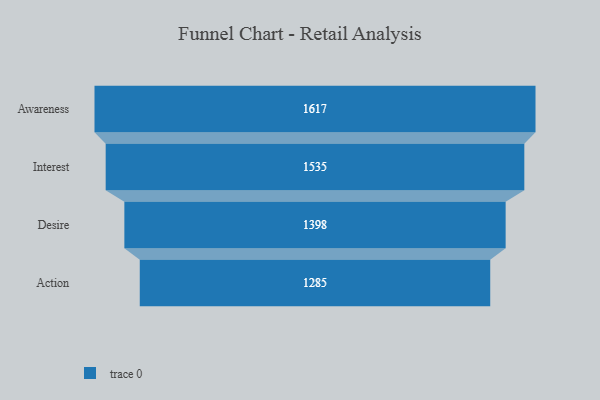
{"axis": {"x": "Stage", "y": "Value"}, "legend": [""], "data": [{"x": "Awareness", "y": 1617.0, "type": ""}, {"x": "Interest", "y": 1535.0, "type": ""}, {"x": "Desire", "y": 1398.0, "type": ""}, {"x": "Action", "y": 1285.0, "type": ""}]}